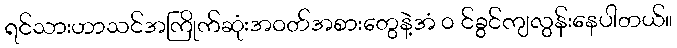
ရင်သားဟာသင်အကြိုက်ဆုံးအဝတ်အစားတွေနဲ့အံ ၀ င်ခွင်ကျလွန်းနေပါတယ်။